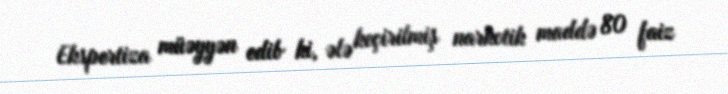
Ekspertiza müəyyən edib ki, ələ keçirilmiş narkotik maddə 80 faiz